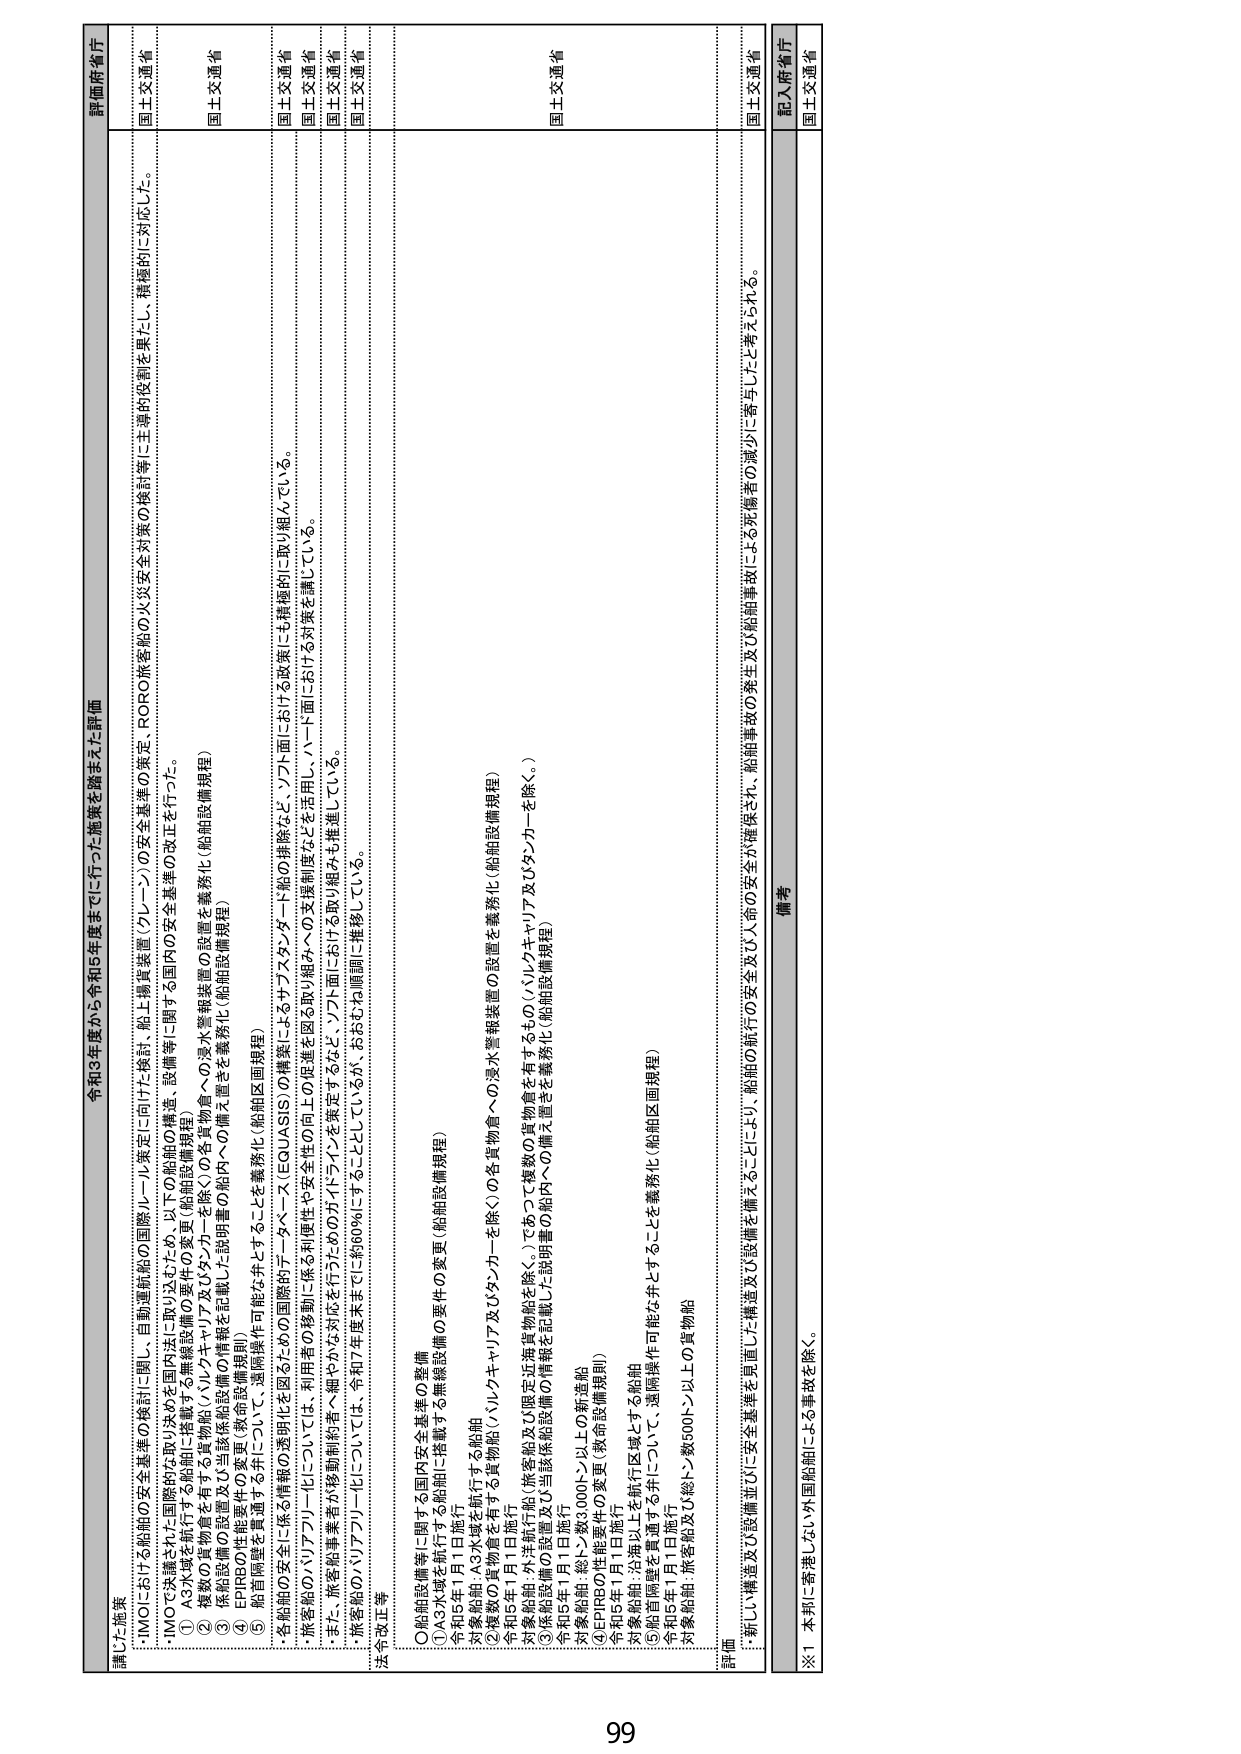
令和3年度から令和5年度までに行った施策を踏まえた評価

講じた施策
・IMOにおける船舶の安全基準の検討に関し、自動運航船の国際ルール策定に向けた検討、船上構築装置（プレーン）の安全基準の策定、RO/RO旅客船の火災安全対策の検討等に主導的役割を果たし、積極的に対応した。
・IMOで決議された国際的な取り決めを国内法に取り込むため、以下の船舶設備規程、設備等に関する国内の安全基準の改正を行った。
① A3水域を航行する船舶に搭載する無線設備の要件（船舶設備規程）
② 標識の貨物倉を有する貨物船（バルク及びタンカーを除く）の各貨物倉への浸水警報装置の設置を義務化（船舶設備規程）
③ 係船設備の設置及び当該係船設備の情報が記載した説明書の船内への備え置きを義務化（船舶設備規程）
④ EPIRBの性能要件の変更（船舶設備規程）
⑤ 船首側の安全を貫通するように、遠隔操作可能なドアを備えることを義務化（船舶区画規程）
・旅客船のハリブリーヒについては、利用者の移動に係る利便性や安全性の向上の促進を図る取り組みへの支援制度などを活用し、ハード面における対策を講じている。
・また、旅客船事業者や移動制約者、細やかな対応を行うためのガイドラインを策定するとともに、ソフト面における取り組みも推進している。
・旅客船のハリブリーヒについては、令和7年度末までに約60％にすることとしているが、おおむね順調に推移している。

法令改正等
①船舶設備等に関する国内安全基準の整備
①A3水域を航行する船舶に搭載する無線設備の要件の変更（船舶設備規程）
令和5年1月1日施行
対象船舶：A3水域を航行する船舶
②複数の貨物倉を有する貨物船（バルクキャリア及びタンカーを除く）の各貨物倉への浸水警報装置の設置を義務化（船舶設備規程）
令和5年1月1日施行
対象船舶：外洋航行船（旅客船及び限定近海貨物船を除く。）であって複数の貨物倉を有するもの（バルクキャリア及びタンカーを除く。）
③係船設備の設置及び当該係船設備の情報を記載した説明書の船内への備え置きを義務化（船舶設備規程）
令和5年1月1日施行
対象船舶：総トン数3000トン以上の新造船
④EPIRBの性能要件の変更（救命設備規程）
令和5年1月1日施行
対象船舶：沿岸以上を航行区域とする船舶
⑤船首隔壁を貫通する弁について、遠隔操作可能とすることを義務化（船舶区画規程）
令和5年1月1日施行
対象船舶：旅客船及び総トン数500トン以上の貨物船

評価
・新しい構造及び設備並びに安全基準を見直し・構造及び設備を備えることにより、船舶の航行の安全及び人命の安全が確保され、船舶事故の発生及び船舶事故による死傷者の減少に寄与したと考えられる。

備考
※1 本邦に寄港しない外国船舶による事故を除く。

評価府省庁
国土交通省
国土交通省
国土交通省
国土交通省
国土交通省
国土交通省
国土交通省
国土交通省
国土交通省
国土交通省
国土交通省
国土交通省
国土交通省
国土交通省

99